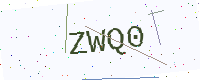
Text: ZWQ0